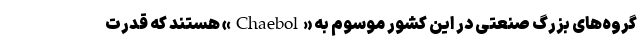
گروه‌های بزرگ صنعتی در این کشور موسوم به «Chaebol» هستند که قدرت